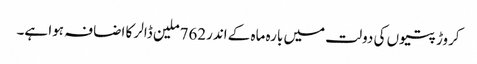
کروڑ پتیوں کی دولت میں بارہ ماہ کے اندر762ملین ڈالر کا اضافہ ہوا ہے۔